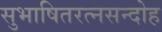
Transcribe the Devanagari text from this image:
सुभाषितरत्नसन्दोह